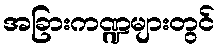
အခြားကဏ္ဍများတွင်